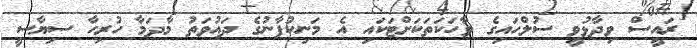
ރައީސް ވިދާޅުވީ ސުލްހައިގެ ވާހަކަތަކަށްޓަކައި އެ މަނިކުފާނުގެ ދައުވަތު މާދަމާ ހުރިހާ ސިޔާސީ